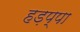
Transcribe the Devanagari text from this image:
हड़प्‍पा